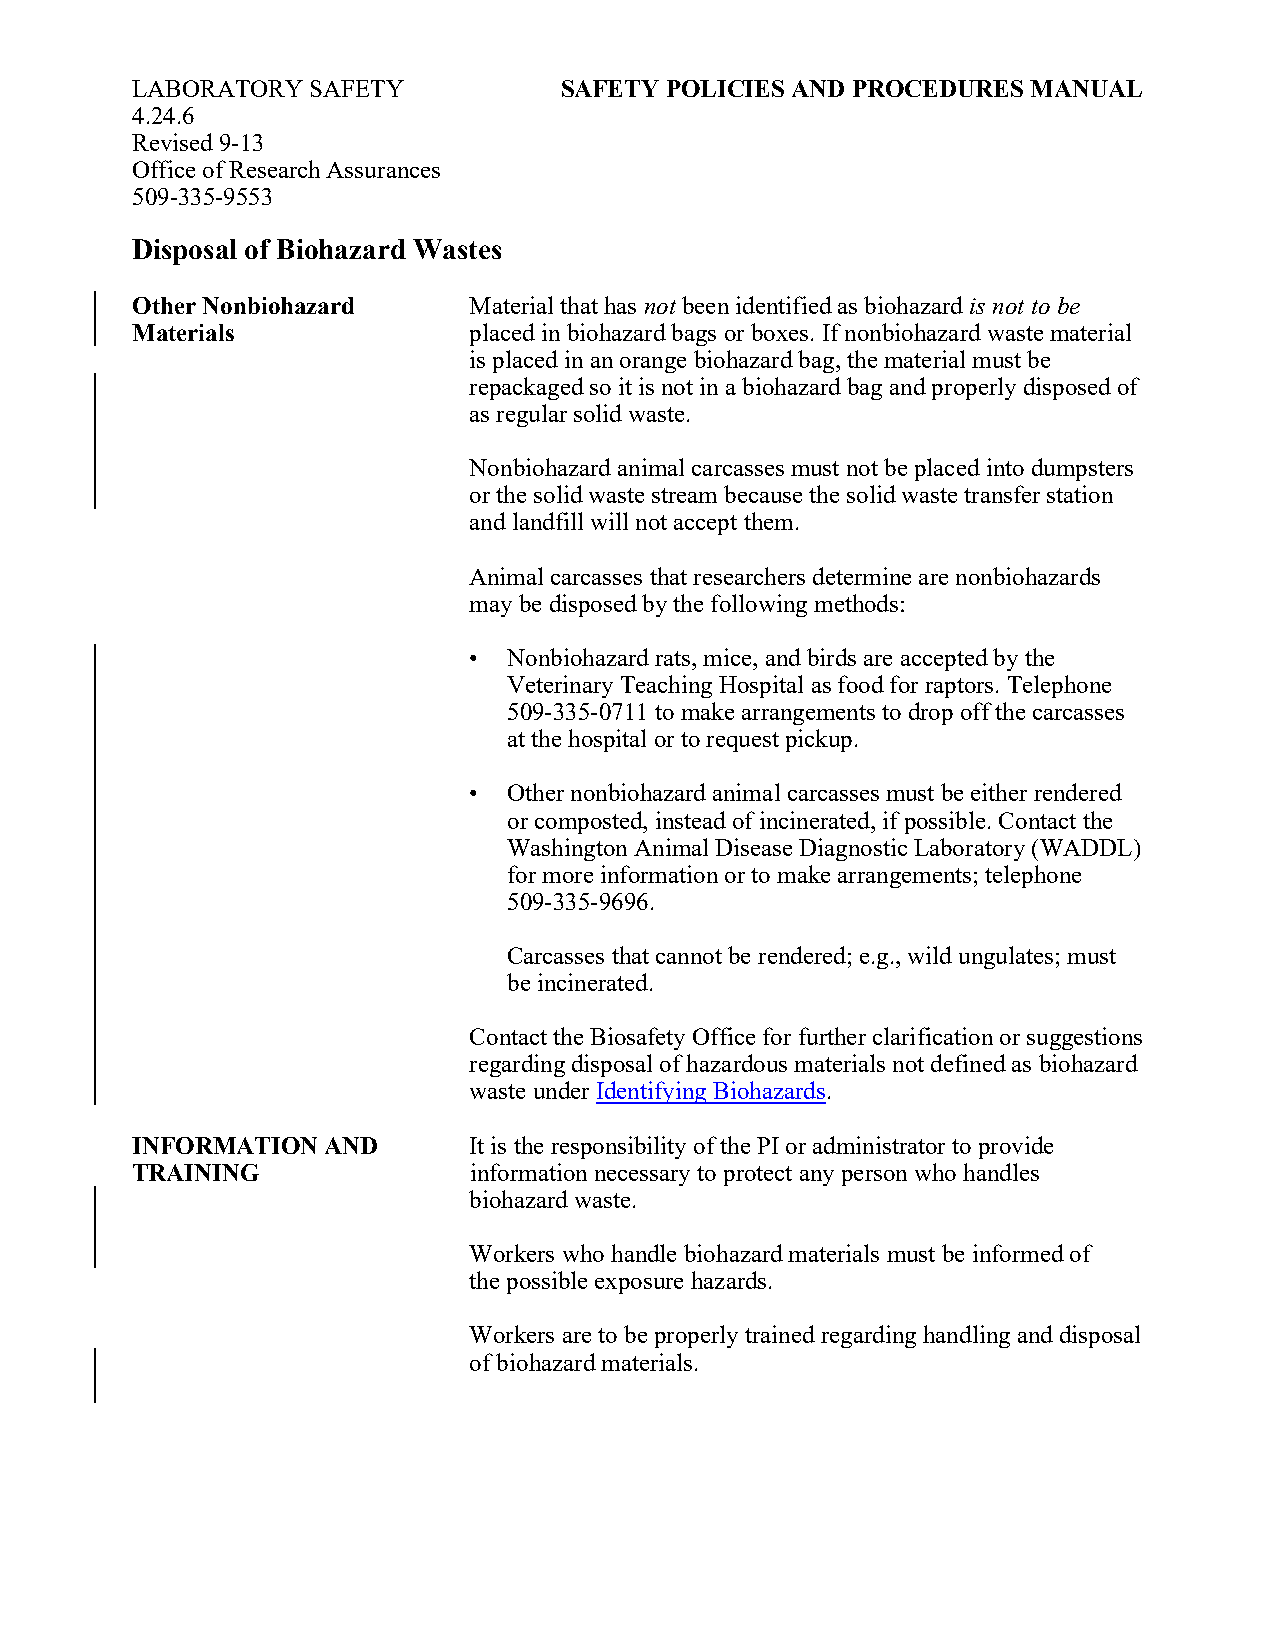
LABORATORY SAFETY           SAFETY POLICIES AND PROCEDURES MANUAL
 4.24.6
 Revised 9-13
 Office of Research Assurances
 509-335-9553
 Disposal of Biohazard Wastes
 Other Nonbiohazard    Material that has not been identified as biohazard is not to be
 Materials             placed in biohazard bags or boxes. If nonbiohazard waste material
 is placed in an orange biohazard bag, the material must be
 repackaged so it is not in a biohazard bag and properly disposed of
 as regular solid waste.
 Nonbiohazard animal carcasses must not be placed into dumpsters
 or the solid waste stream because the solid waste transfer station
 and landfill will not accept them.
 Animal carcasses that researchers determine are nonbiohazards
 may be disposed by the following methods:
 •  Nonbiohazard rats, mice, and birds are accepted by the
 Veterinary Teaching Hospital as food for raptors. Telephone
 509-335-0711 to make arrangements to drop off the carcasses
 at the hospital or to request pickup.
 •  Other nonbiohazard animal carcasses must be either rendered
 or composted, instead of incinerated, if possible. Contact the
 Washington Animal Disease Diagnostic Laboratory (WADDL)
 for more information or to make arrangements; telephone
 509-335-9696.
 Carcasses that cannot be rendered; e.g., wild ungulates; must
 be incinerated.
 Contact the Biosafety Office for further clarification or suggestions
 regarding disposal of hazardous materials not defined as biohazard
 waste under Identifying Biohazards.
 INFORMATION AND       It is the responsibility of the PI or administrator to provide
 TRAINING              information necessary to protect any person who handles
 biohazard waste.
 Workers who handle biohazard materials must be informed of
 the possible exposure hazards.
 Workers are to be properly trained regarding handling and disposal
 of biohazard materials.